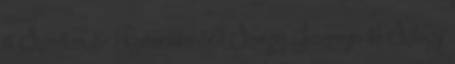
4 Szerelem & Romantika 561 Szergej Jeszenyin 13 Szilágyi